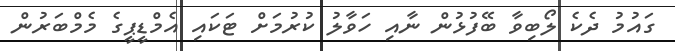
ގައުމު ދެކެ ލޯބިވާ ބޭފުޅުން ނާއި ހަވާލު ކުރުމަށް ޓަކައި އެމްޑީޕީގެ މެމްބަރުން